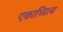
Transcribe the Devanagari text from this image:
एकाध्पित्य